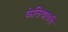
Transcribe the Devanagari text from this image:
केलियावरी